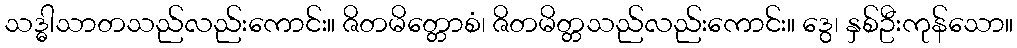
သဒ္ဓါသာတသည်လည်းကောင်း။ ဇိတမိတ္တောစံ၊ ဇိတမိတ္တသည်လည်းကောင်း။ ဒွေ၊ နှစ်ဦးကုန်သော။